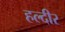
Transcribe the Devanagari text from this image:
हल्दीर